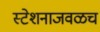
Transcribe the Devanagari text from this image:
स्टेशनाजवळच